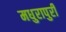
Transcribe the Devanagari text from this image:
मधुरापुरी